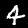
Label: 4